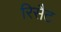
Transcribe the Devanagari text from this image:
रिसैट